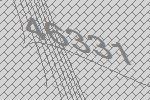
46331